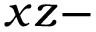
x z -